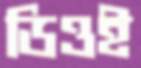
ডিওই